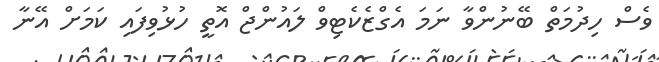
ވެސް ހިދުމަތް ބޭނުންވާ ނަމަ އެގްޒެކެޓިވް ލައުންޖް އޮތީ ހުޅުވިފައި ކަމަށް އޭނާ